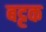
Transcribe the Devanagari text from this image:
बट्टक